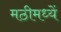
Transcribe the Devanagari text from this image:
मठीमध्यें